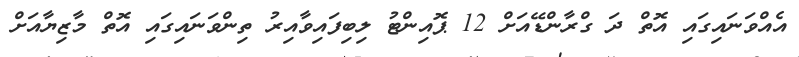
އެއްވަނައިގައި އޮތް ދަ ގްރާންޑޭއަށް 12 ޕޮއިންޓު ލިބިފައިވާއިރު ތިންވަނައިގައި އޮތް މާޒިޔާއަށް